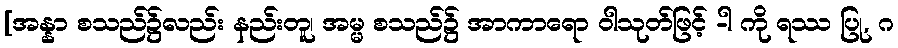
[အန္နာ စသည်၌လည်း နည်းတူ၊ အမ္မ စသည်၌ အာကာရော ဝါသုတ်ဖြင့် -ါ ကို ရဿ ပြု, ဂ